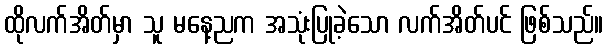
ထိုလက်အိတ်မှာ သူ မနေ့ညက အသုံးပြုခဲ့သော လက်အိတ်ပင် ဖြစ်သည်။